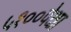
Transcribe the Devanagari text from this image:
५१००पेक्षा